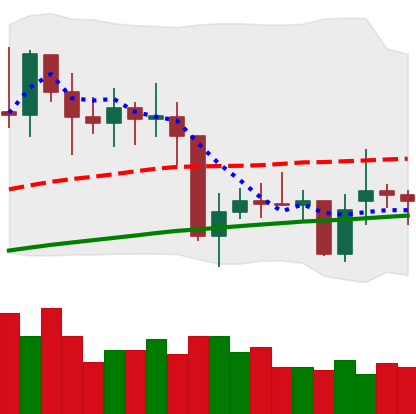
Ticker: XMR-USD
Chart end date: 2021-01-31
Forward return: 12.47%
Label: up_7plus